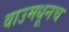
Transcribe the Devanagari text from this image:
वाउमधूनच